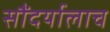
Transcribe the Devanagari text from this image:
सौंदर्यालाच